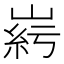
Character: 𡹱